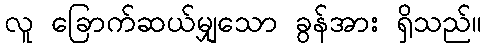
လူ ခြောက်ဆယ်မျှသော ခွန်အား ရှိသည်။